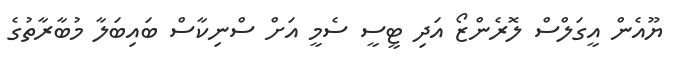
ޔޫއެން އީގަލްސް ލޮރެންޒޯ އަދި ޓީސީ ސެމީ އަށް ސްނިކާސް ބައިބަލާ މުބާރާތުގެ